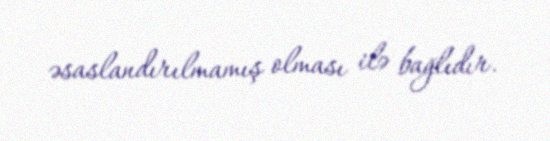
əsaslandırılmamış olması ilə bağlıdır.